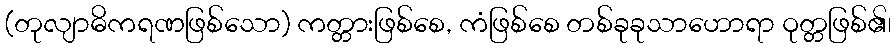
(တုလျာဓိကရဏဖြစ်သော) ကတ္တားဖြစ်စေ, ကံဖြစ်စေ တစ်ခုခုသာဟောရာ ဝုတ္တဖြစ်၏၊